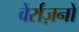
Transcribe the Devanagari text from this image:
वेर्राज़नो